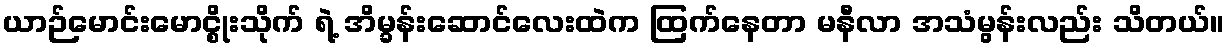
ယာဉ်မောင်းမောင္စိုးသိုက် ရဲ့ အိမ္ခန်းဆောင်လေးထဲက ထြက်နေတာ မနီလာ အသံမွန်းလည်း သိတယ်။